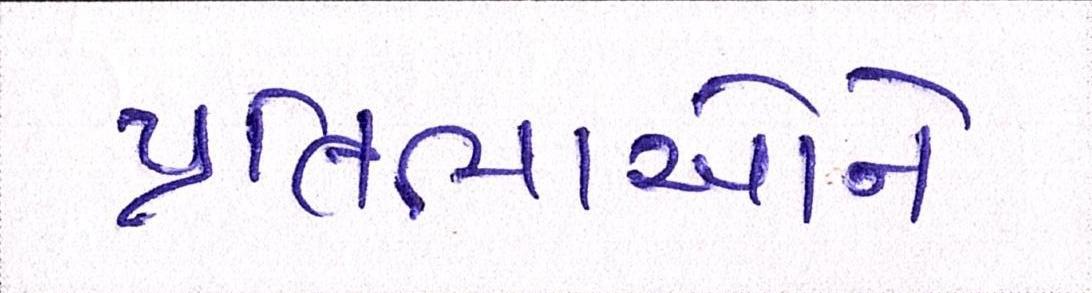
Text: પ્રતિભાઓને